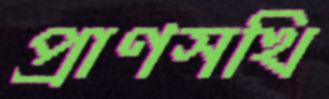
প্রাণসখি